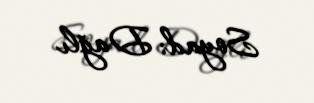
Soyad: Dağlı